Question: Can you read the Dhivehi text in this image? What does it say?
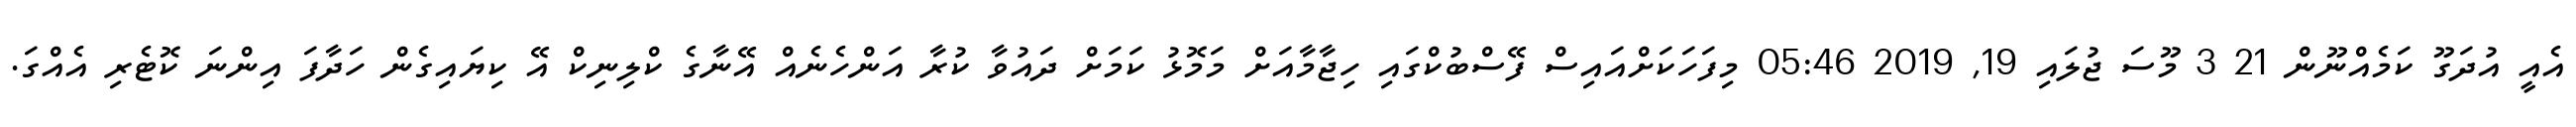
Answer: އެއީ އުދަގޫ ކަމެއްނޫން 21 3 މޫސަ ޖުލައި 19, 2019 05:46 މިފަހަކަށްއައިސް ފޭސްބުކްގައި ހިޖާމާއަށް މަމޮޅު ކަމަށް ދައުވާ ކުރާ އަންހެނެއް އޭނާގެ ކްލިނިކް އޭ ކިޔައިގެން ހަދާފަ އިންނަ ކޮޓެރި އެއްގަ.